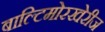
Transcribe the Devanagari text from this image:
बाल्टिमोरखेरीज